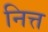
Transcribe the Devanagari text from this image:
नित्त